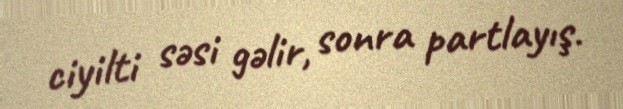
ciyilti səsi gəlir, sonra partlayış.